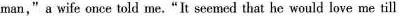
man," a wife once told me."It seemed that he would love me till